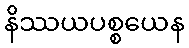
နိဿယပစ္စယေန